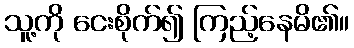
သူ့ကို ငေးစိုက်၍ ကြည့်နေမိ၏။